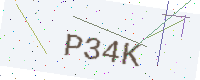
Text: P34K